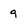
Character: g